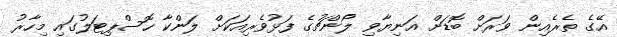
އޭގެ ތެރެއިން ވަރަށް ބޮޑަށް އަނިޔާވި ލޯންޗުގެ ފަޅުވެރިއަކަށް ލަންކާ ހޮސްޕިޓަލުގައި މިހާރު